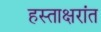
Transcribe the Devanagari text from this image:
हस्ताक्षरांत